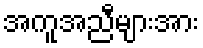
အကူအညီများအား